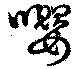
嚶